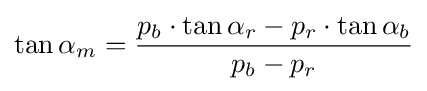
\tan \alpha _{m}={\frac {p_{b}\cdot \tan \alpha _{r}-p_{r}\cdot \tan \alpha _{b}}{p_{b}-p_{r}}}